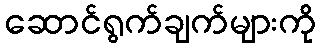
ဆောင်ရွက်ချက်များကို